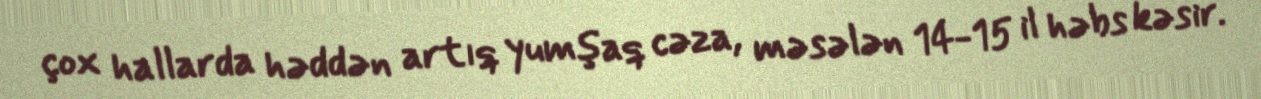
çox hallarda həddən artıq yumşaq cəza, məsələn 14-15 il həbs kəsir.